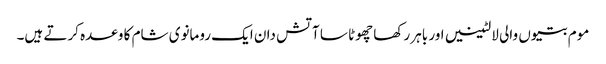
موم بتیوں والی لالٹینیں اور باہر رکھا چھوٹا سا آتش دان ایک رومانوی شام کا وعدہ کرتے ہیں۔